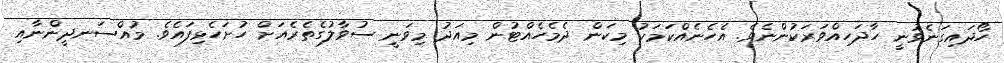
ހޯދައިގަނެވުނީ ހާދަހިއްވަރަކުންނެވެ. އެހެނެއްކަމަކު މިކަން ދެމެހެއްޓުން މިއަދު މިވަނީ ސުވާލުގެތެރެއަށް ހުށަހެޅިފައެވެ. މުއްސަނދީންނާއި